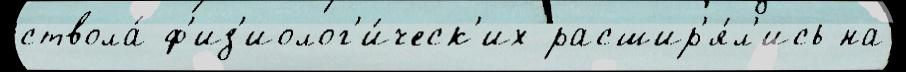
ствола́ ф'из'иолог'и́ческ'их расшир'я́л'ись на